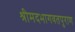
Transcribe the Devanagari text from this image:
श्रीमदभागवतपुराण